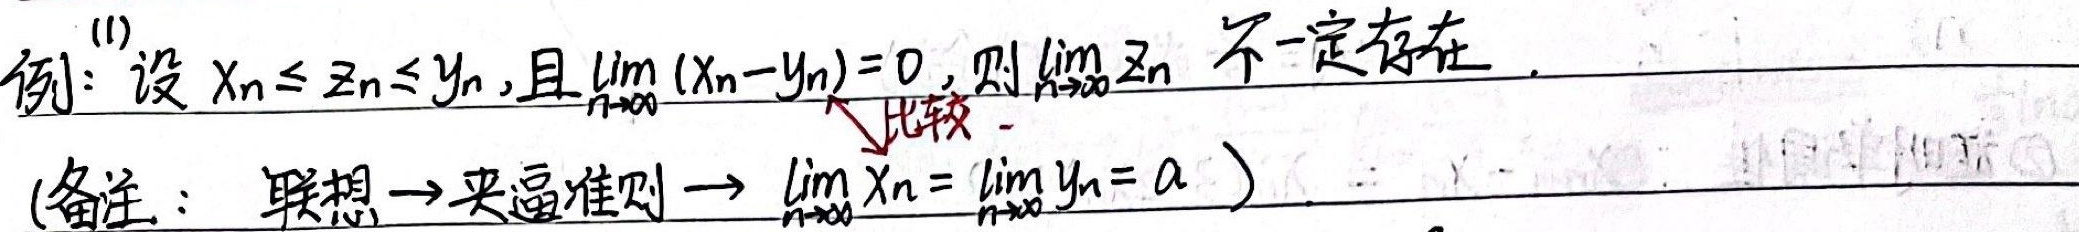
例：设$x_n\leq z_n\leq y_n$，且$\lim_{n \to \infty}(x_n - y_n)=0$，则$\lim_{n \to \infty}z_n$不一定存在。(备注：联想$\to$夹逼准则$\to \lim_{n \to \infty}x_n=\lim_{n \to \infty}y_n = a$)比较$\searrow$